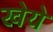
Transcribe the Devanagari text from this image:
खेये